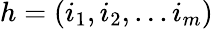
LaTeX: h=(i_{1},i_{2},...i_{m})